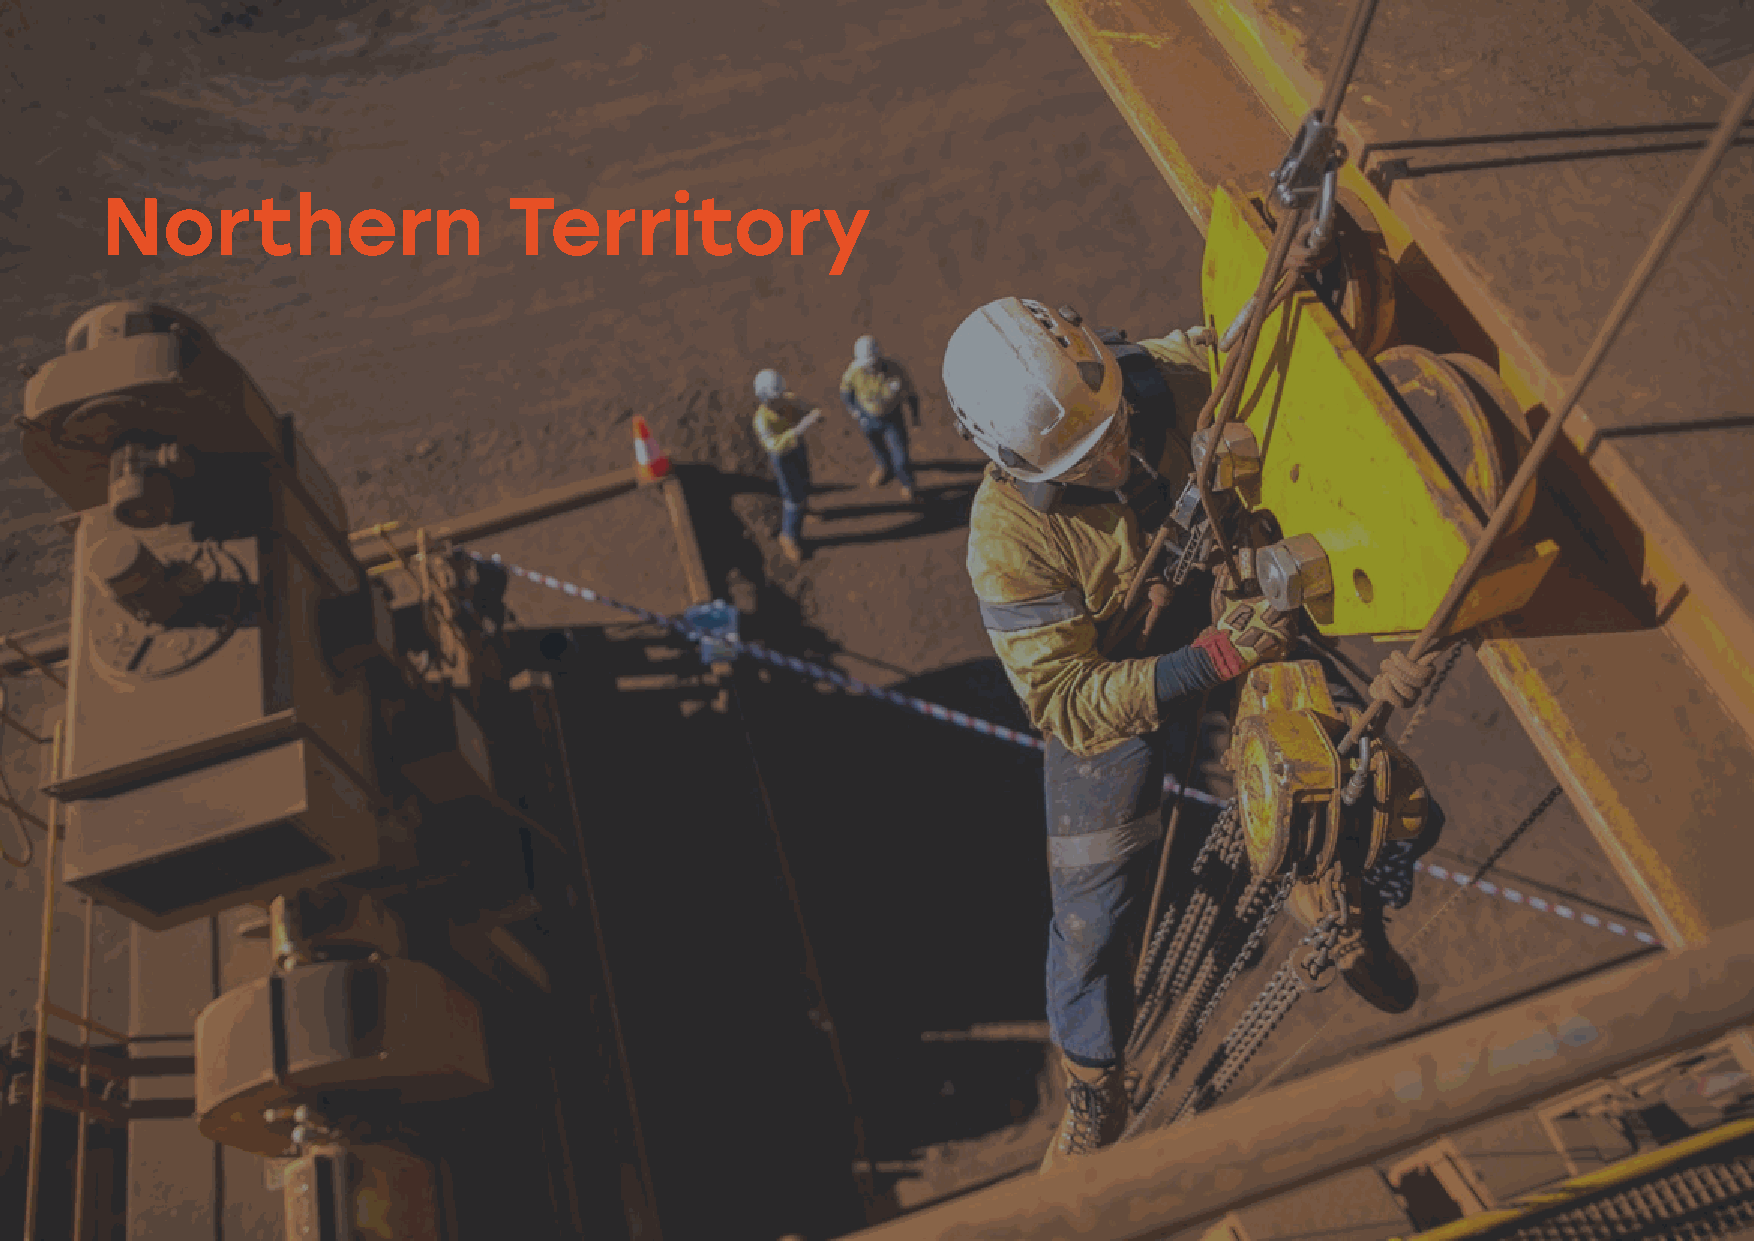
AUSTRALIA’S ECONOMIC WELLBEING 49
 Northern                   Territory